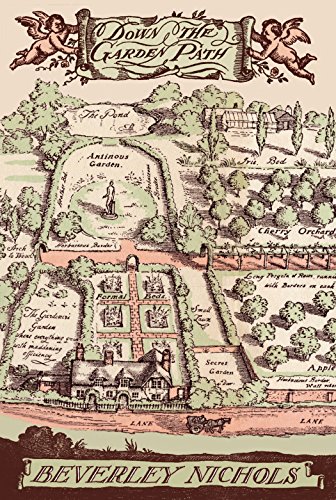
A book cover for Down the Garden Path; Beverley Nichols; Crafts, Hobbies & Home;